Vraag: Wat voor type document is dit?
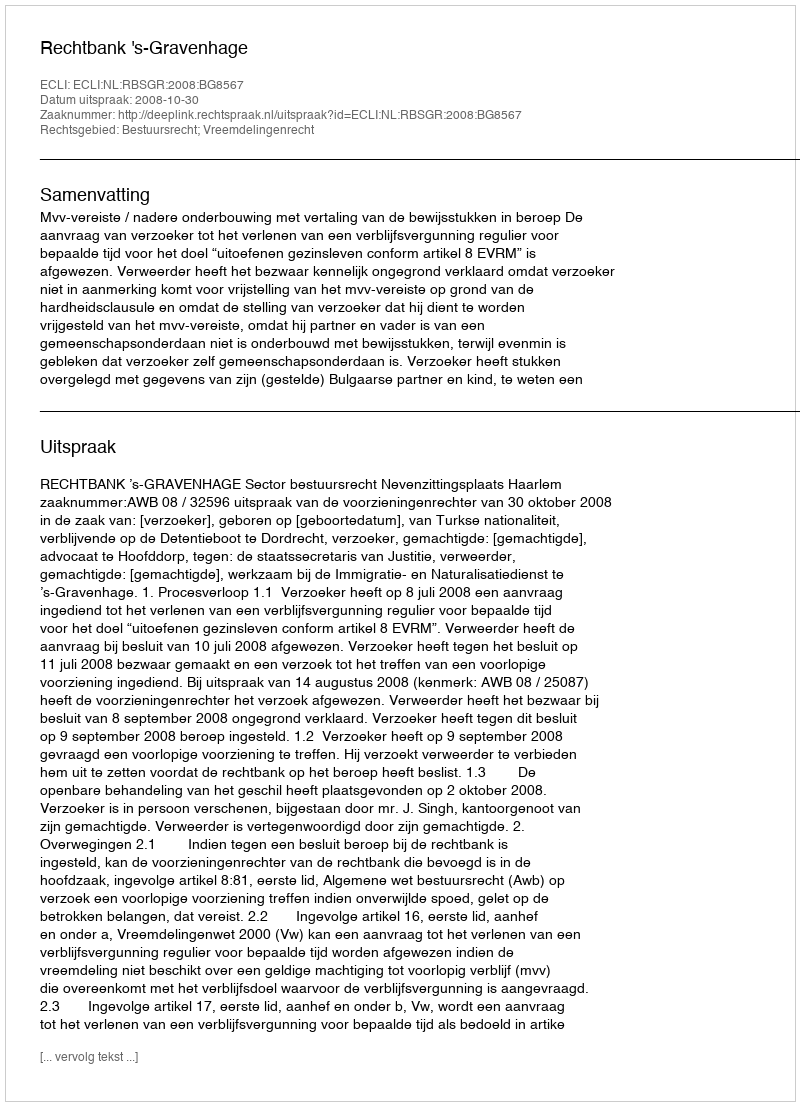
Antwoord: Uitspraak